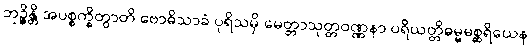
ဘုဉ္ဇိန္တိ အပစ္စက္ခိတွာတိ ဗောဓိသာခံ ပုရိသမှိ မေတ္တာသုတ္တဝဏ္ဏနာ ပရိယတ္တိဓမ္မမစ္ဆရိယေန